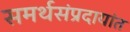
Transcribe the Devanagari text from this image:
समर्थसंप्रदायांत